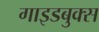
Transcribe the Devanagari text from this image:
गाइडबुक्स